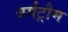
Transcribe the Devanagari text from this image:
बर्गट्रौम